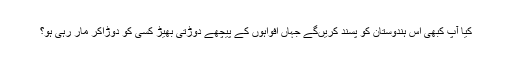
کیا آپ کبھی اس ہندوستان کو پسند کریں‌گے جہاں افواہوں کے پیچھے دوڑتی بھیڑ کسی کو دوڑاکر مار رہی ہو؟